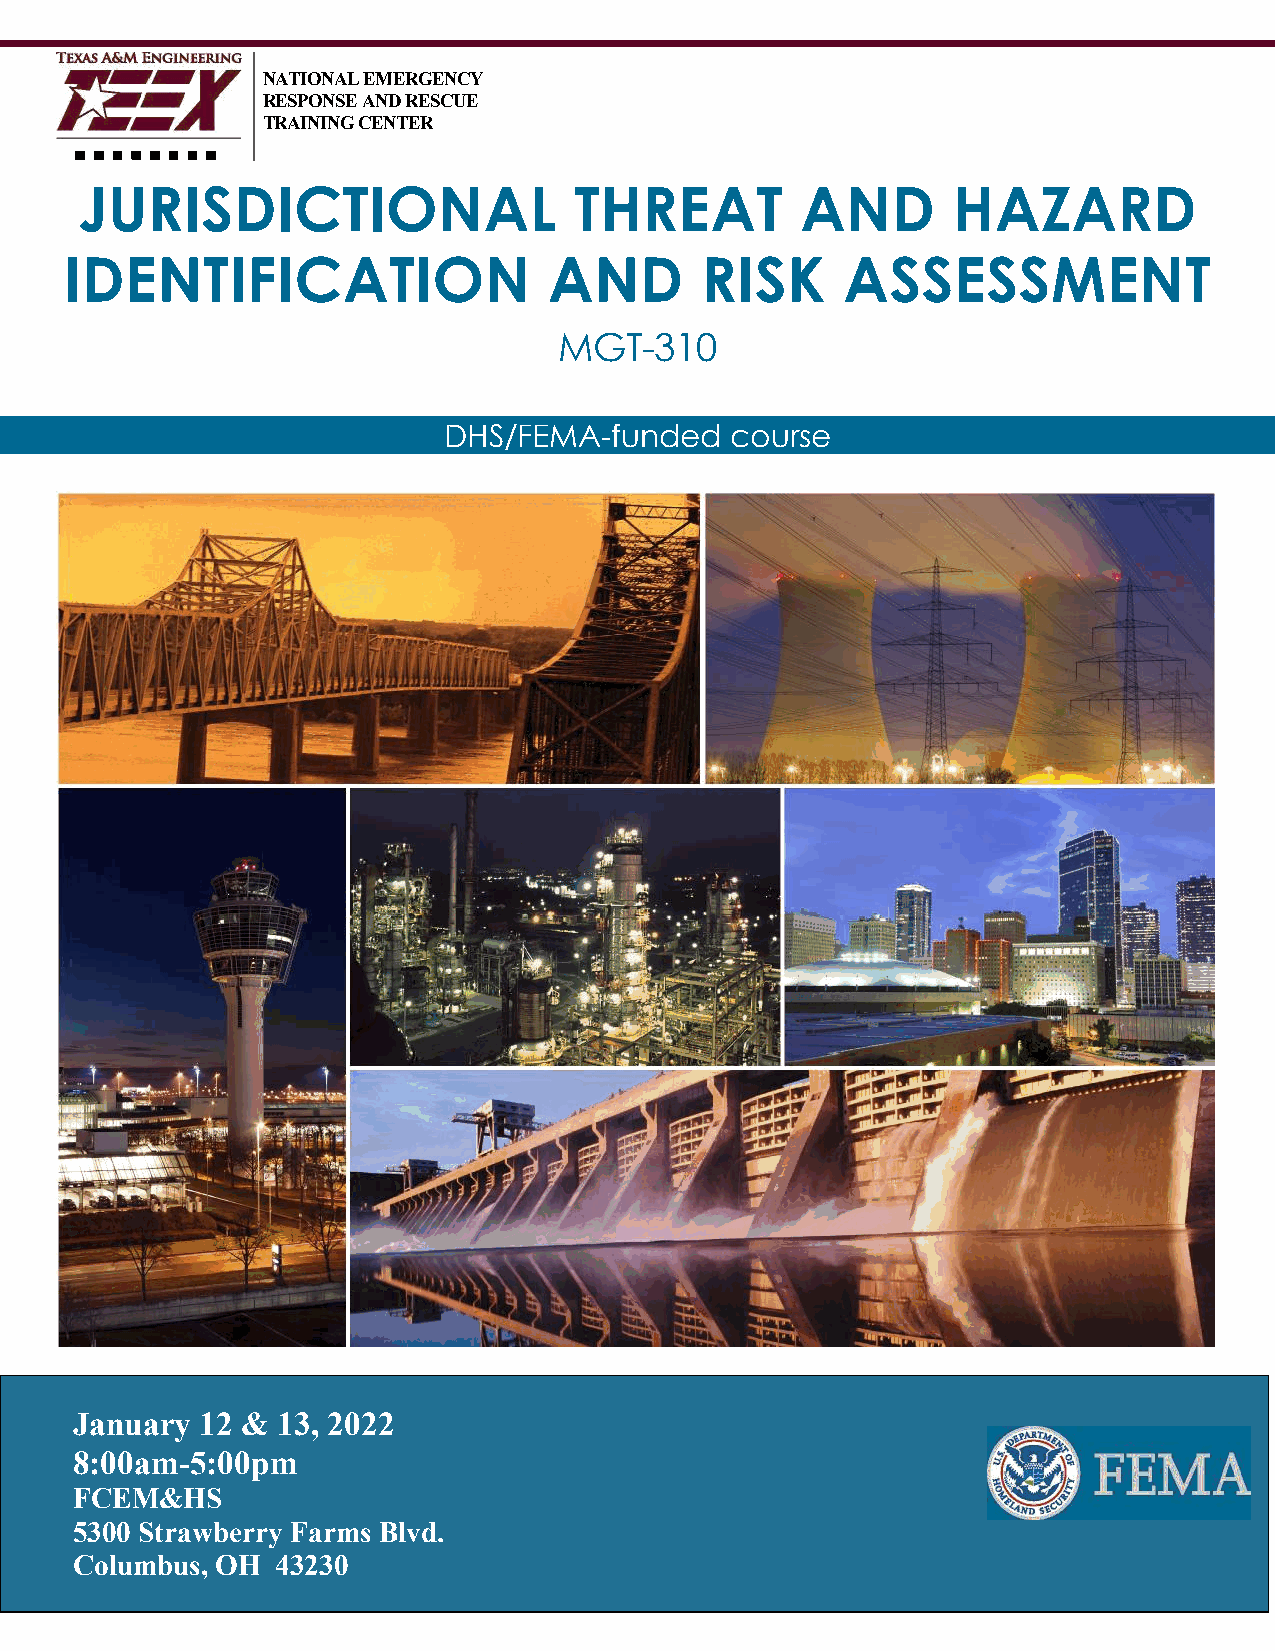
NATIONAL EMERGENCY
 RESPONSE AND RESCUE
 TRAINING CENTER
 JURISDICTIONAL                   THREAT         AND       HAZARD
 IDENTIFICATION                  AND       RISK      ASSESSMENT
 MGT-310
 DHS/FEMA-funded    course
 January 12 & 13, 2022
 8:00am-5:00pm
 FCEM&HS
 5300 Strawberry Farms Blvd.
 Columbus, OH 43230